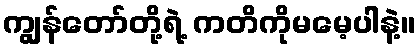
ကျွန်တော်တို့ရဲ့ ကတိကိုမမေ့ပါနဲ့။